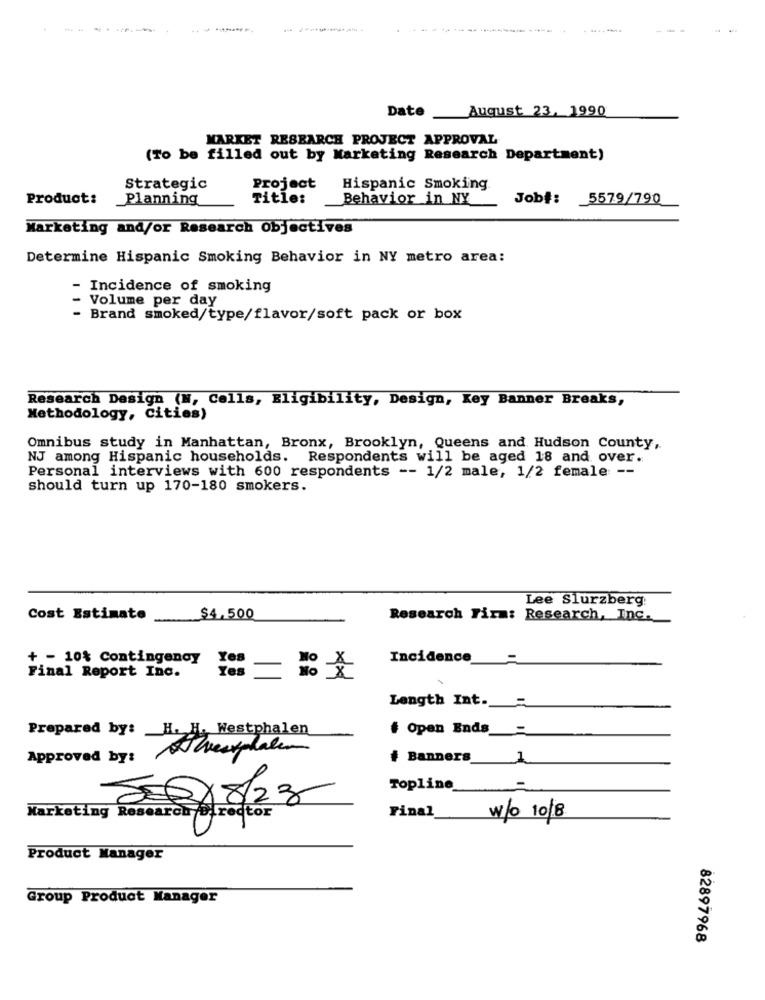
-----
Date
August 23, 1990
MARKET RESEARCH PROJECT APPROVAL
(To be filled out by Marketing Research Department)
Strategic
Project
Hispanic Smoking
Product:
_Planning
Title:
Behavior in NY
Job#:
5579/790
Marketing and/or Research Objectives
Determine Hispanic Smoking Behavior in NY metro area:
- Incidence of smoking
- Volume per day
- Brand smoked/type/flavor/soft pack or box
Research Design (N, Cells, Eligibility, Design, Key Banner Breaks,
Methodology, Cities)
Omnibus study in Manhattan, Bronx, Brooklyn, Queens and Hudson County,
NJ among Hispanic households. Respondents will be aged 18 and over.
Personal interviews with 600 respondents -- 1/2 male, 1/2 female --
should turn up 170-180 smokers.
Lee Slurzberg
Cost Estimate
$4,500
Research Firm: Research, Inc.
+ - 10% Contingency
Incidence _=
Yes NO
Final Report Inc.
Length Int ._
# Open Ends _=
Prepared by: H. H. Westphalen
Approved by:
# Banners_
1
Topline
8-08/23
Marketing Research Director
Final_
w/O 10/8
Product Manager
Group Product Manager
82897968